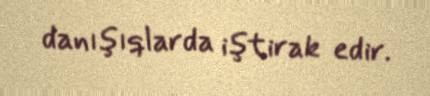
danışıqlarda iştirak edir.